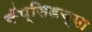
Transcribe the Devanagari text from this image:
कॅप्सिडच्या